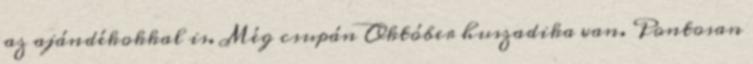
az ajándékokkal is. Még csupán Október huszadika van. Pontosan